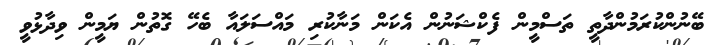
ބޭނުންކުރަމުންދާތީ ތަސްމީން ފެކްޝަނުން އެކަން މަނާކުރި މައްސަލައާ ބެހޭ ގޮތުން ޔަމީން ވިދާޅުވީ